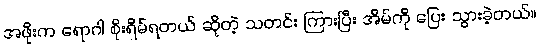
အဖိုးက ရောဂါ စိုးရိမ်ရတယ် ဆိုတဲ့ သတင်း ကြားပြီး အိမ်ကို ပြေး သွားခဲ့တယ်။